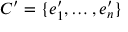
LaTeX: C ^ { \prime } = \{ e _ { 1 } ^ { \prime } , \ldots , e _ { n } ^ { \prime } \}